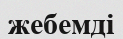
жебемді